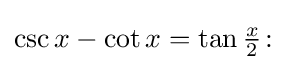
{\textstyle \csc x-\cot x=\tan {\tfrac {x}{2}}\colon }